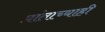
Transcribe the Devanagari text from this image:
प्रांताच्याही